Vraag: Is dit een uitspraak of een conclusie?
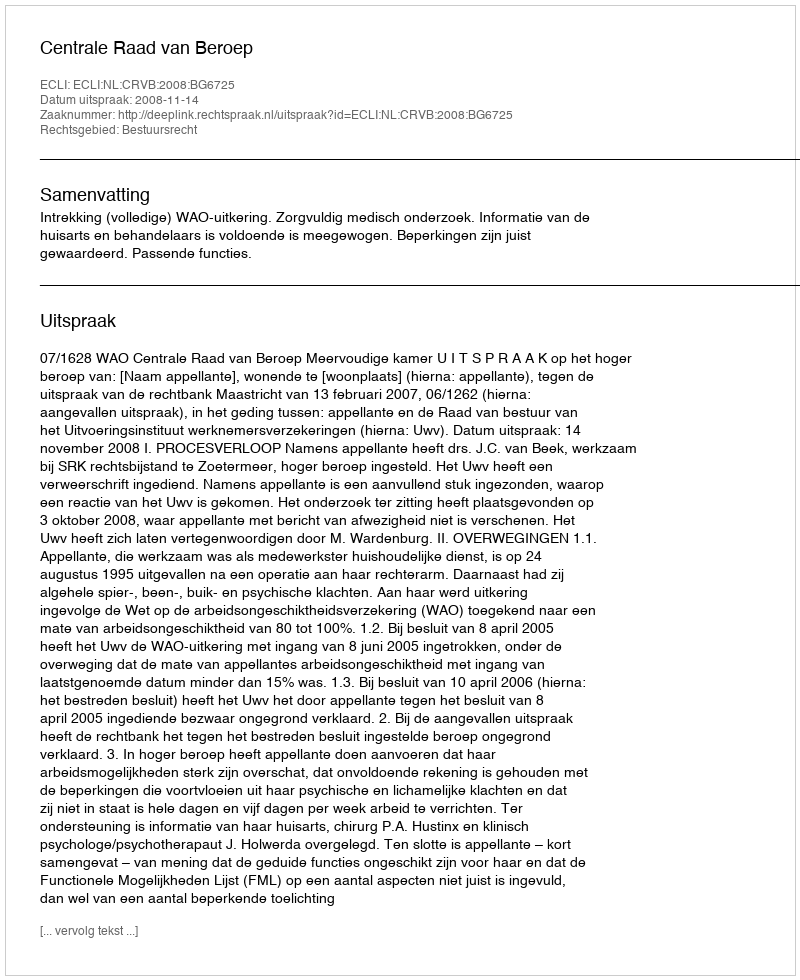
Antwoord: Uitspraak